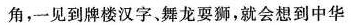
角，一见到牌楼汉字、舞龙耍狮，就会想到中华